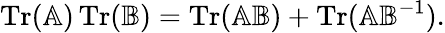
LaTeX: \operatorname{Tr}(\mathbb{A})\operatorname{Tr}(\mathbb{B})=\operatorname{Tr}(\mathbb{A}\mathbb{B})+\operatorname{Tr}(\mathbb{A}\mathbb{B}^{-1}).